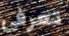
تعرفي